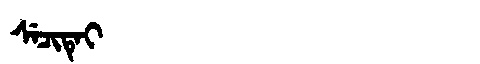
Manchu: ᠰᡝᠴᡳᡨᡝᡳ
Romanization: SECITEI